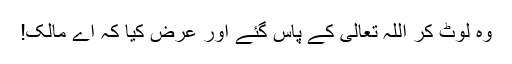
وہ لوٹ کر اللہ تعالیٰ کے پاس گئے اور عرض کیا کہ اے مالک!